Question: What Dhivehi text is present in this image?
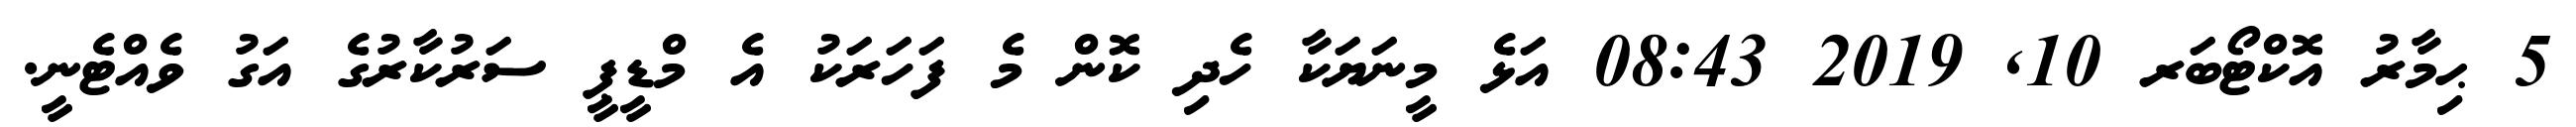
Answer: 5 ޙިމާރު އޮކްޓޯބަރ 10, 2019 08:43 އަޅެ މީނަޔަކާ ހެދި ކޮން މެ ފަހަރަކު އެ މްޑީޕީ ސަރުކާރުގެ އަގު ވެއްޓެނީ.